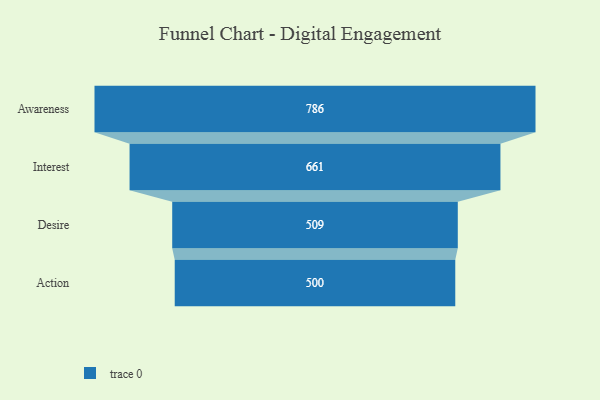
{"axis": {"x": "Stage", "y": "Value"}, "legend": [""], "data": [{"x": "Awareness", "y": 786.0, "type": ""}, {"x": "Interest", "y": 661.0, "type": ""}, {"x": "Desire", "y": 509.0, "type": ""}, {"x": "Action", "y": 500, "type": ""}]}